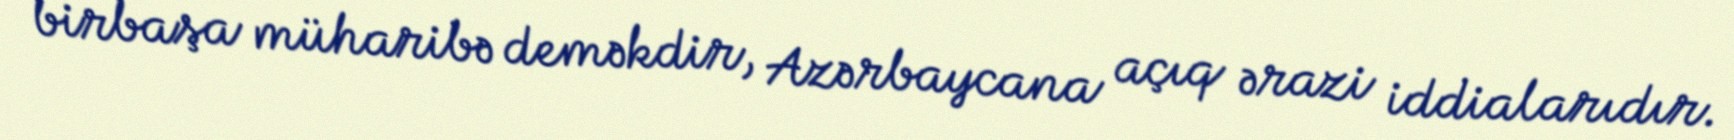
birbaşa müharibə deməkdir, Azərbaycana açıq ərazi iddialarıdır.